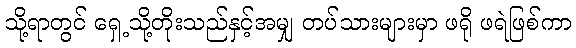
သို့ရာတွင် ရှေ့သို့တိုးသည်နှင့်အမျှ တပ်သားများမှာ ဖရို ဖရဲဖြစ်ကာ